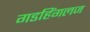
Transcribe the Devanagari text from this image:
गडहिंगलज